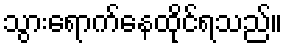
သွားရောက်နေထိုင်ရသည်။